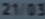
21/03